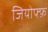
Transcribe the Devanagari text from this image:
जियोफ्फ़